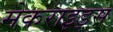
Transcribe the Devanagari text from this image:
मेकराइड्स